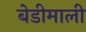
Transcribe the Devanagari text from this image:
बेडीमाली